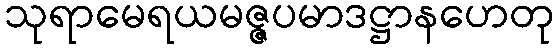
သုရာမေရယမဇ္ဇပမာဒဋ္ဌာနဟေတု